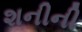
શનીની